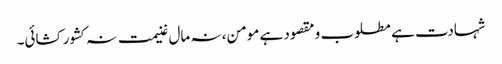
شہادت ہے مطلوب و مقصود ہے مومن، نہ مال غنیمت نہ کشور کشائی۔